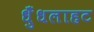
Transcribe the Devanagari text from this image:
धुँधलाहट